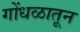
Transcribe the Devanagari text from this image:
गोंधळातून